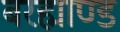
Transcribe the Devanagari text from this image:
बरह्माण्ड